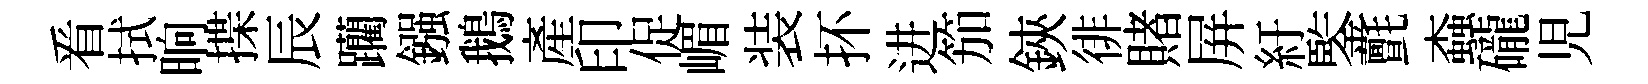
㸔拭晌揲辰躪鏹鵝產印促嵋装抔进笳鋏徘賭屏紆鍳氈螙礲児